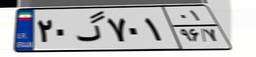
۲۰گ۷۰۱۰۱